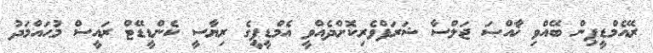
ރޭއެމްޑީޕިން ބޭއްވި ޚާއްޞަ ޖަލްސާ ޝަރަފްވެރިކޮށްދެއްވީ އެމްޑީޕީގެ ރިޔާސީ ކެންޑީޑޭޓް ރައީސް މުޙައްމަދު